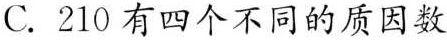
C.210有四个不同的质因数